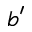
b ^ { \prime }